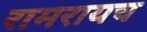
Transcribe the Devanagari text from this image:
रामरायच